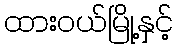
ထားဝယ်မြို့နှင့်